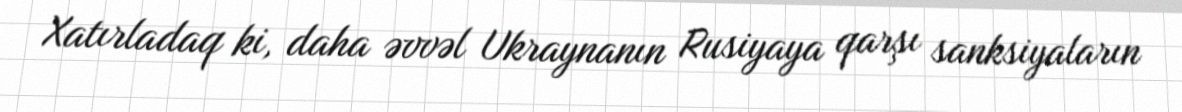
Xatırladaq ki, daha əvvəl Ukraynanın Rusiyaya qarşı sanksiyaların